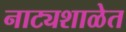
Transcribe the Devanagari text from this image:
नाट्यशाळेत